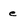
Character: e